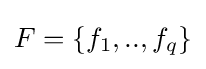
F=\{f_{1},..,f_{q}\}